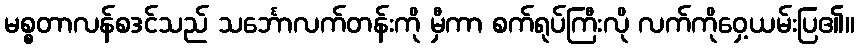
မစ္စတာလန်စဒင်သည် သင်္ဘောလက်တန်းကို မှီကာ စက်ရုပ်ကြီးလို လက်ကိုဝှေ့ယမ်းပြ၏။